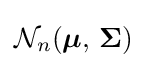
{\mathcal {N}}_{n}({\boldsymbol {\mu }},\,{\boldsymbol {\Sigma }})